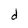
Character: d